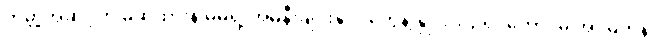
ကမ္ဘာ့အဆင့်ကို မဆိုထားနဲ့ မိမိရဲ့ အိမ်နီးချင်းနိုင်ငံတွေနဲ့ နှိုင်းယှဉ်ရင်တောင်မှ အင်မတန်